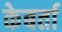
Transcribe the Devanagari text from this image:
केबर्ता